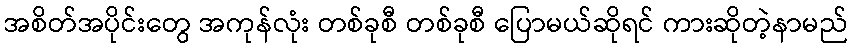
အစိတ်အပိုင်းတွေ အကုန်လုံး တစ်ခုစီ တစ်ခုစီ ပြောမယ်ဆိုရင် ကားဆိုတဲ့နာမည်